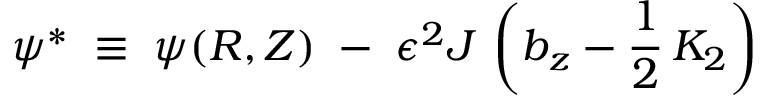
\psi ^ { * } \; \equiv { } \; \psi ( R , Z ) \; - \; \epsilon ^ { 2 } J \, \left( b _ { z } - \frac { 1 } { 2 } \, K _ { 2 } \right)